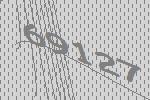
69127